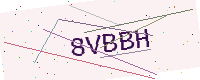
Text: 8VBBH